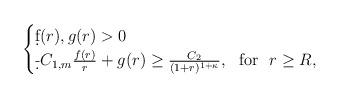
LaTeX: \begin{align*}\begin{cases}\d f(r),g(r)>0\\\d-C_{1,m}\frac{f(r)}{r}+g(r)\ge\frac{C_2}{(1+r)^{1+\kappa}},\ \mbox{ for }\ r\ge R, \end{cases}\end{align*}